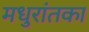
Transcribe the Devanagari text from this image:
मधुरांतका